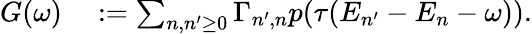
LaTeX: \begin{array}{rl}{G(\omega)}&{{}:=\sum_{n,n^{\prime}\geq 0}\Gamma_{n^{\prime},n}p(\tau(E_{n^{\prime}}-E_{n}-\omega)).}\end{array}